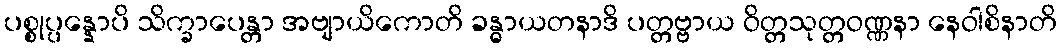
ပစ္စုပ္ပန္နောပိ သိက္ခာပေန္တာ အဗျာယိကောတိ ခန္ဓာယတနာဒိ ပတ္တဗ္ဗာယ ဝိတ္တသုတ္တဝဏ္ဏနာ နေဝါစိနာတိ